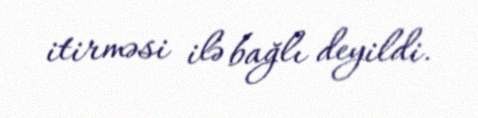
itirməsi ilə bağlı deyildi.